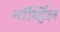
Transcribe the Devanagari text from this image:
नॉर्व्हिल